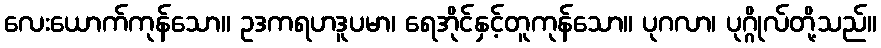
လေးယောက်ကုန်သော။ ဥဒကရဟဒူပမာ၊ ရေအိုင်နှင့်တူကုန်သော။ ပုဂလာ၊ ပုဂ္ဂိုလ်တို့သည်။